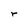
Character: r